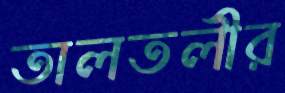
তালতলীর